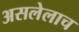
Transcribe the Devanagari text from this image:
असलेलाच